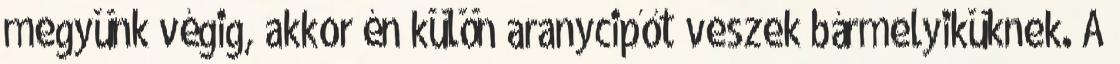
megyünk végig, akkor én külön aranycipőt veszek bármelyiküknek. A